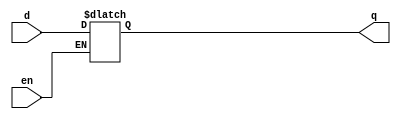
`timescale 1ns / 1ps
//////////////////////////////////////////////////////////////////////////////////
// Company: 
// Engineer: 
// 
// Design Name: 
// Module Name: sq_dlatch_bh
// Project Name: 
// Target Devices: 
// Tool Versions: 
// Description: 
// 
// Dependencies: 
// 
// Revision:
// Revision 0.01 - File Created
// Additional Comments:
// 
//////////////////////////////////////////////////////////////////////////////////


module sq_dlatch_bh(q,d,en);
input d,en; 
output reg q;
always @(en,q)
begin 
if(en)
q = d;
end  
endmodule